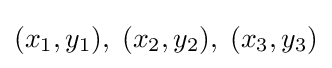
(x_{1},y_{1}),\;(x_{2},y_{2}),\;(x_{3},y_{3})